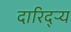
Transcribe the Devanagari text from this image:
दारिद्‌ऱ्य